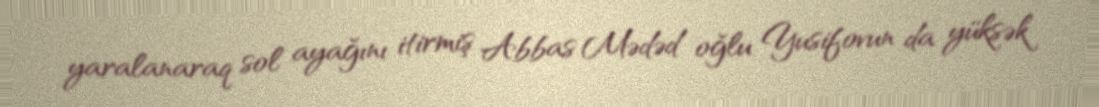
yaralanaraq sol ayağını itirmiş Abbas Mədəd oğlu Yusifovun da yüksək